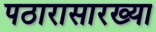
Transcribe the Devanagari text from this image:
पठारासारख्या